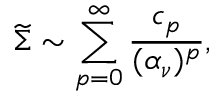
{ \widetilde \Sigma } \sim \sum _ { p = 0 } ^ { \infty } { \frac { c _ { p } } { ( \alpha _ { \nu } ) ^ { p } } } ,